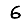
Digit: 6